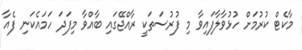
މާކެޓް ކުރުމަށް ހުޅުވާލާފައިވާ މި ފުރުސަތަކީ ރާއްޖޭގައި ބާއްވާ މިފަދަ ހަމައެކަނި ފެއާ